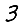
Digit: 3